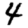
Digit: 4